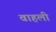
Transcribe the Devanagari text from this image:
वाहली